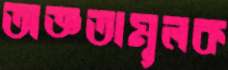
অজ্ঞতামূলক